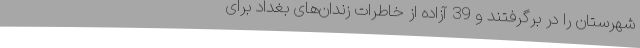
شهرستان را در برگرفتند و 39 آزاده از خاطرات زندان‌های بغداد برای